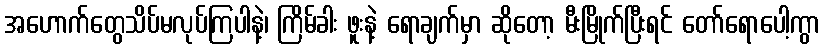
အဟောက်တွေသိပ်မလုပ်ကြပါနဲ့၊ ကြိမ်ခါး ဖူးနဲ့ ရောချက်မှာ ဆိုတော့ မီးမြိုက်ပြီးရင် တော်ရောပေါ့ကွာ